Report on horse surra - Volume I
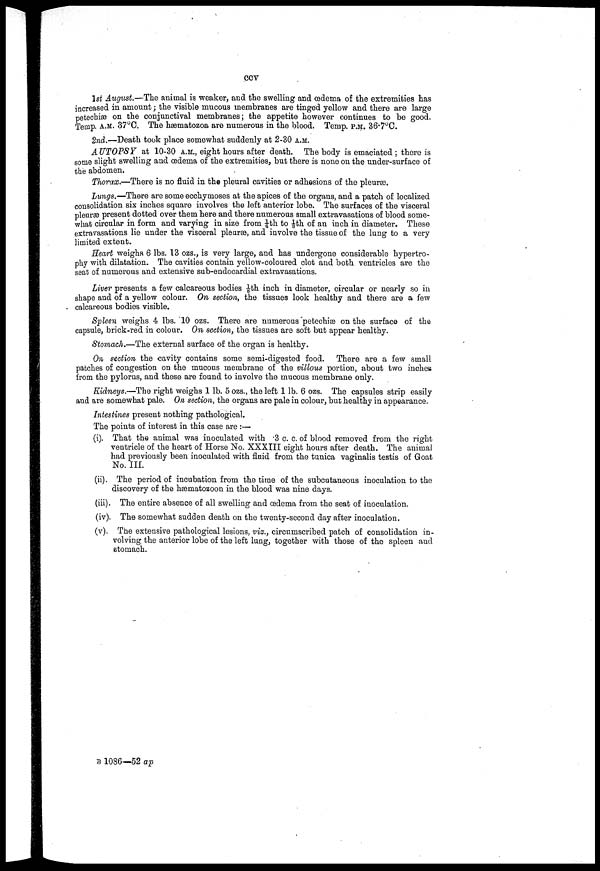
ccv
1st August.—The animal is weaker, and the swelling and œdema of the extremities has
increased in amount; the visible mucous membranes are tinged yellow and there are large
petechiæ on the conjunctival membranes; the appetite however continues to be good.
Temp. A.M. 37°C. The hæmatozoa are numerous in the blood. Temp. P.M. 36.7°C.
2nd.—Death took place somewhat suddenly at 2-30 A.M.
AUTOPSY at 10-30 A.M., eight hours after death. The body is emaciated ; there is
some slight swelling and œdema of the extremities, but there is none on the under-surface of
the abdomen.
Thorax.—There is no fluid in the pleural cavities or adhesions of the pleuræ
Lungs.—There are some ecchymoses at the apices of the organs, and a patch of localized
consolidation six inches square involves the left anterior lobe. The surfaces of the visceral
pleuræ present dotted over them here and there numerous small extravasations of blood some
what circular in form and varying in size from ¼th to ⅛th of an inch in diameter. These
extravasations lie under the visceral pleuræ, and involve the tissue of the lung to a very
limited extent.
Heart weighs 6 lbs. 13 ozs., is very large, and has undergone considerable hypertro
phy with dilatation. The cavities contain yellow-coloured clot and both ventricles are the
seat of numerous and extensive sub-endocardial extravasations.
Liver presents a few calcareous bodies 1/8th inch in diameter, circular or nearly so in
shape and of a yellow colour. On section, the tissues look healthy and there are a few
calcareous bodies visible.
Spleen weighs 4 lbs. 10 ozs. There are numerous petechiæ on the surface of the
capsule, brick-red in colour. On section, the tissues are soft but appear healthy.
Stomach.—The external surface of the organ is healthy.
On section the cavity contains some semi-digested food. There are a few small
patches of congestion on the mucous membrane of the villous portion, about two inches
from the pylorus, and these are found to involve the mucous membrane only.
Kidneys.—The right weighs 1 lb. 5 ozs., the left 1 lb. 6 ozs. The capsules strip easily
and are somewhat pale. On section, the organs are pale in colour, but healthy in appearance.
Intestines present nothing pathological.
The points of interest in this case are :—
(i). That the animal was inoculated with .3 c. c. of blood removed from the right
ventricle of the heart of Horse No. XXXIII eight hours after death. The animal
had previously been inoculated with fluid from the tunica vaginalis testis of Goat
No. III.
(ii). The period of incubation from the time of the subcutaneous inoculation to the
discovery of the hæmatozoon in the blood was nine days.
(iii). The entire absence of all swelling and œdema from the seat of inoculation.
(iv). The somewhat sudden death on the twenty-second day after inoculation.
(v). The extensive pathological lesions, viz., circumscribed patch of consolidation in
volving the anterior lobe of the left lung,together with those of the spleen and
stomach.
B 1086—52 ap